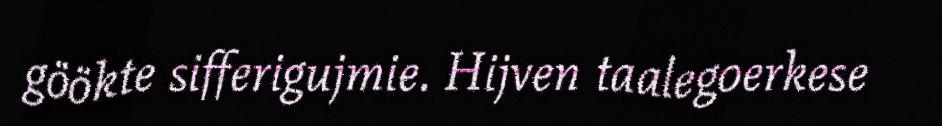
göökte sifferigujmie. Hijven taalegoerkese